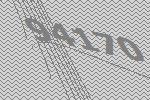
94170